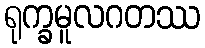
ရုက္ခမူလဂတဿ